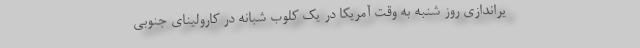
یراندازی روز شنبه به وقت آمریکا در یک کلوب شبانه در کارولینای جنوبی